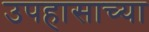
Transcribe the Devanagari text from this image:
उपहासाच्या